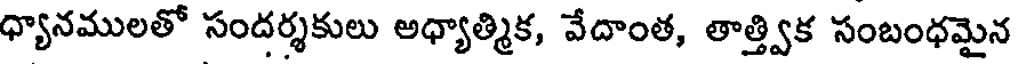
ధ్యానములతో సందర్శకులు అధ్యాత్మిక, వేదాంత, తాత్త్విక సంబంధమైన